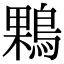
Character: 𪂠